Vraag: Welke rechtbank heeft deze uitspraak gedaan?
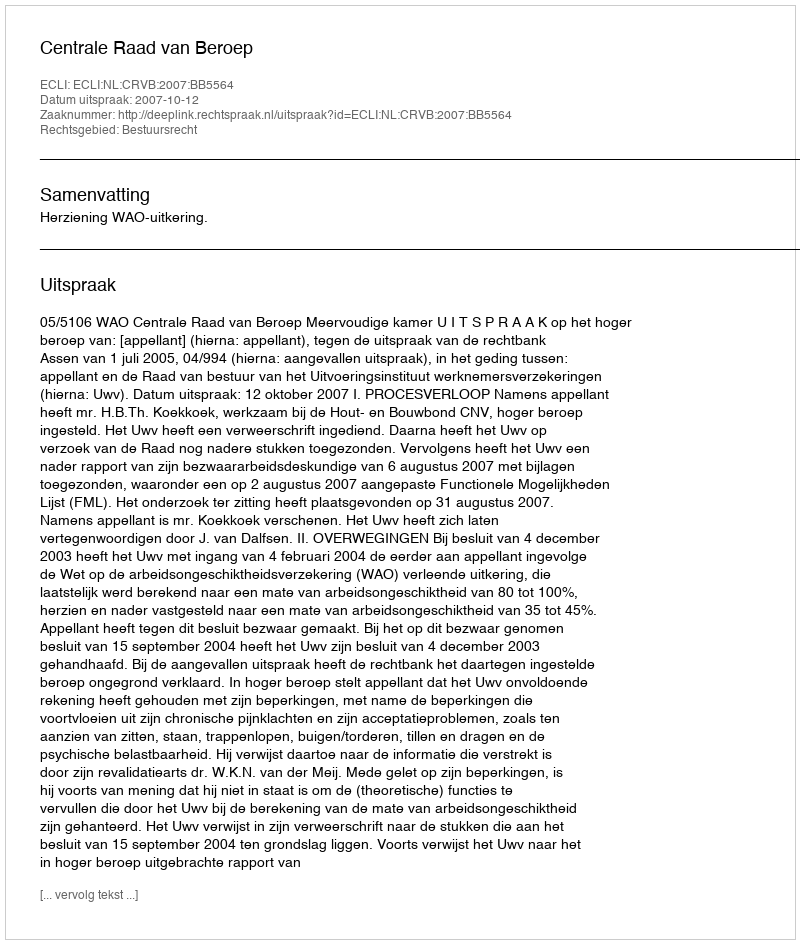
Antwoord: Centrale Raad van Beroep